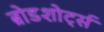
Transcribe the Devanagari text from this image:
ब्रोडशोर्ट्स